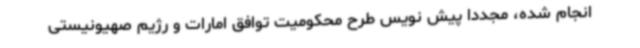
انجام شده، مجددا پیش نویس طرح محکومیت توافق امارات و رژیم صهیونیستی